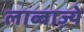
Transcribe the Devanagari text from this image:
लाब्बाज़्ये